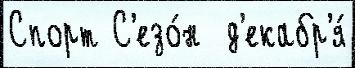
Спорт С'езо́н  д'екабр'я́